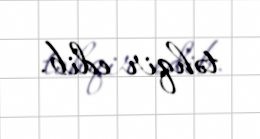
təhqir edib.